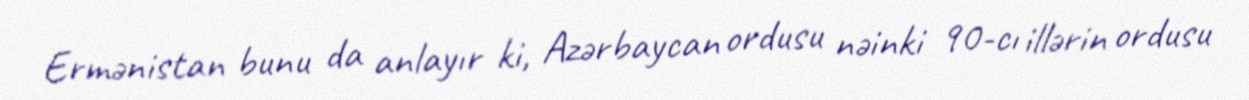
Ermənistan bunu da anlayır ki, Azərbaycan ordusu nəinki 90-cı illərin ordusu